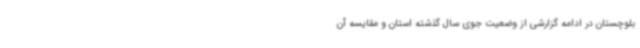
بلوچستان در ادامه گزارشی از وضعیت جوی سال گذشته استان و مقایسه آن